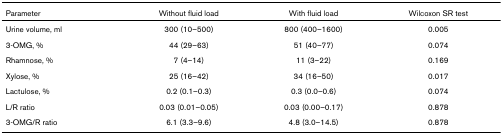
| Parameter | Without fluid load | With fluid load | Wilcoxon SR test |
 | --- | --- | --- | --- |
 | Urine volume, ml | 300 (10–500) | 800 (400–1600) | 0.005 |
 | 3-OMG, % | 44 (29–63) | 51 (40–77) | 0.074 |
 | Rhamnose, % | 7 (4–14) | 11 (3–22) | 0.169 |
 | Xylose, % | 25 (16–42) | 34 (16–50) | 0.017 |
 | Lactulose, % | 0.2 (0.1–0.3) | 0.3 (0.0–0.6) | 0.074 |
 | L/R ratio | 0.03 (0.01–0.05) | 0.03 (0.00–0.17) | 0.878 |
 | 3-OMG/R ratio | 6.1 (3.3–9.6) | 4.8 (3.0–14.5) | 0.878 |